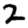
Digit: 2